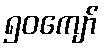
၅၀ကျော်